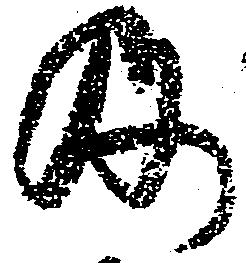
及